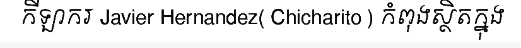
កីឡាករ Javier Hernandez( Chicharito ) កំពុងស្ថិតក្នុង